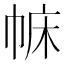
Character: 𢃅